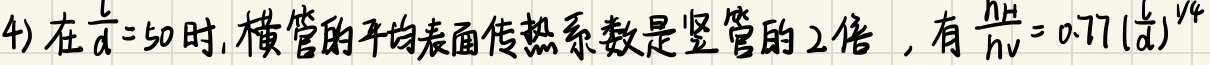
4) 在$\frac{l}{d}=50$时, 横管的平均表面传热系数是竖管的 2 倍 ，有$\frac{h_H}{h_V}=0.77(\frac{l}{d})^{1/4}$